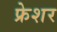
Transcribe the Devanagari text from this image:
फ्रेशर